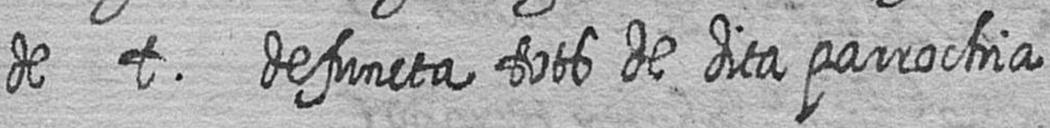
de t defuncta tots de dita parrochia